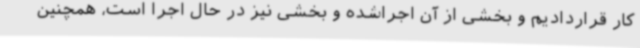
کار قراردادیم و بخشی از آن اجراشده و بخشی نیز در حال اجرا است، همچنین